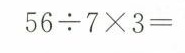
$$56 \div 7 \times 3 =$$